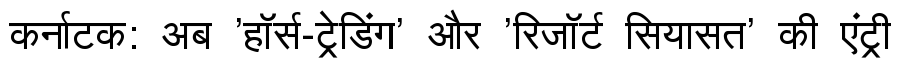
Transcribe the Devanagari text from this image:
कर्नाटक: अब 'हॉर्स-ट्रेडिंग' और 'रिजॉर्ट सियासत' की एंट्री